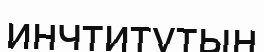
инчтитутын